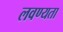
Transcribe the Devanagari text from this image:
लवण्यता